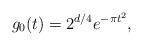
LaTeX: \begin{align*}g_0(t) = 2^{d/4} e^{- \pi t^2},\end{align*}